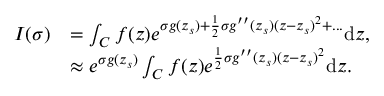
\begin{array} { r l } { I ( \sigma ) } & { = \int _ { C } f ( z ) e ^ { \sigma g ( z _ { s } ) + \frac { 1 } { 2 } \sigma g ^ { \prime \prime } ( z _ { s } ) ( z - z _ { s } ) ^ { 2 } + . . . } \mathrm { d } z , } \\ & { \approx e ^ { \sigma g ( z _ { s } ) } \int _ { C } f ( z ) e ^ { \frac { 1 } { 2 } \sigma g ^ { \prime \prime } ( z _ { s } ) ( z - z _ { s } ) ^ { 2 } } \mathrm { d } z . } \end{array}